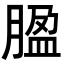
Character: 𦝚